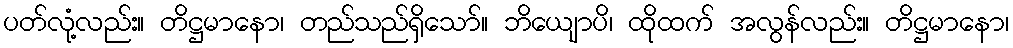
ပတ်လုံ့လည်း။ တိဋ္ဌမာနော၊ တည်သည်ရှိသော်။ ဘိယျောပိ၊ ထိုထက် အလွန်လည်း။ တိဋ္ဌမာနော၊